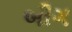
બીગ